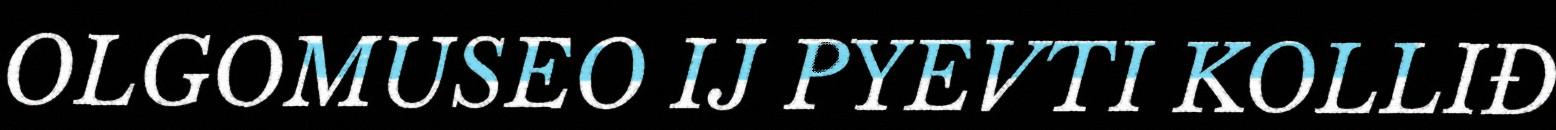
OLGOMUSEO IJ PYEVTI KOLLIĐ